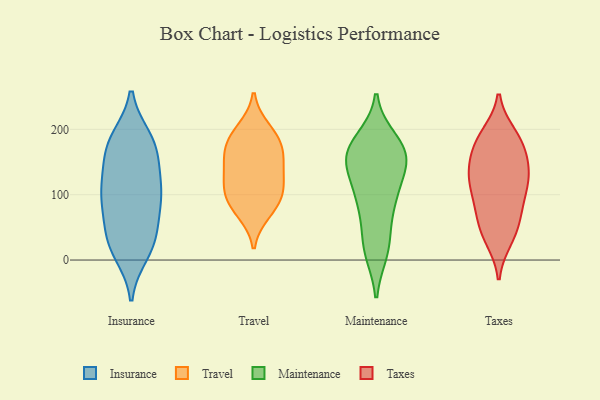
{"axis": {"x": "Latency (ms)", "y": "Value"}, "legend": ["Insurance", "Maintenance", "Taxes", "Travel"], "data": [{"x": "", "y": 107, "type": "Insurance"}, {"x": "", "y": 44, "type": "Insurance"}, {"x": "", "y": 182, "type": "Insurance"}, {"x": "", "y": 110, "type": "Insurance"}, {"x": "", "y": 23, "type": "Insurance"}, {"x": "", "y": 109, "type": "Insurance"}, {"x": "", "y": 11, "type": "Insurance"}, {"x": "", "y": 173, "type": "Insurance"}, {"x": "", "y": 81, "type": "Insurance"}, {"x": "", "y": 159, "type": "Insurance"}, {"x": "", "y": 98, "type": "Insurance"}, {"x": "", "y": 178, "type": "Insurance"}, {"x": "", "y": 135, "type": "Insurance"}, {"x": "", "y": 185, "type": "Insurance"}, {"x": "", "y": 35, "type": "Insurance"}, {"x": "", "y": 76, "type": "Insurance"}, {"x": "", "y": 21, "type": "Insurance"}, {"x": "", "y": 73, "type": "Travel"}, {"x": "", "y": 200, "type": "Travel"}, {"x": "", "y": 82, "type": "Travel"}, {"x": "", "y": 155, "type": "Travel"}, {"x": "", "y": 99, "type": "Travel"}, {"x": "", "y": 145, "type": "Travel"}, {"x": "", "y": 191, "type": "Travel"}, {"x": "", "y": 102, "type": "Travel"}, {"x": "", "y": 170, "type": "Travel"}, {"x": "", "y": 128, "type": "Travel"}, {"x": "", "y": 175, "type": "Travel"}, {"x": "", "y": 116, "type": "Travel"}, {"x": "", "y": 144, "type": "Maintenance"}, {"x": "", "y": 77, "type": "Maintenance"}, {"x": "", "y": 167, "type": "Maintenance"}, {"x": "", "y": 164, "type": "Maintenance"}, {"x": "", "y": 151, "type": "Maintenance"}, {"x": "", "y": 150, "type": "Maintenance"}, {"x": "", "y": 102, "type": "Maintenance"}, {"x": "", "y": 94, "type": "Maintenance"}, {"x": "", "y": 165, "type": "Maintenance"}, {"x": "", "y": 98, "type": "Maintenance"}, {"x": "", "y": 182, "type": "Maintenance"}, {"x": "", "y": 15, "type": "Maintenance"}, {"x": "", "y": 20, "type": "Maintenance"}, {"x": "", "y": 167, "type": "Maintenance"}, {"x": "", "y": 25, "type": "Maintenance"}, {"x": "", "y": 42, "type": "Taxes"}, {"x": "", "y": 192, "type": "Taxes"}, {"x": "", "y": 191, "type": "Taxes"}, {"x": "", "y": 113, "type": "Taxes"}, {"x": "", "y": 126, "type": "Taxes"}, {"x": "", "y": 83, "type": "Taxes"}, {"x": "", "y": 164, "type": "Taxes"}, {"x": "", "y": 178, "type": "Taxes"}, {"x": "", "y": 158, "type": "Taxes"}, {"x": "", "y": 38, "type": "Taxes"}, {"x": "", "y": 32, "type": "Taxes"}, {"x": "", "y": 124, "type": "Taxes"}, {"x": "", "y": 127, "type": "Taxes"}, {"x": "", "y": 180, "type": "Taxes"}, {"x": "", "y": 72, "type": "Taxes"}, {"x": "", "y": 141, "type": "Taxes"}, {"x": "", "y": 65, "type": "Taxes"}, {"x": "", "y": 124, "type": "Taxes"}, {"x": "", "y": 91, "type": "Taxes"}]}